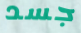
جسد